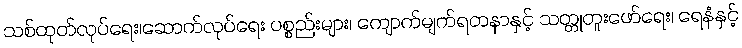
သစ်ထုတ်လုပ်ရေး၊ဆောက်လုပ်ရေး ပစ္စည်းများ၊ ကျောက်မျက်ရတနာနှင့် သတ္တုတူးဖော်ရေး၊ ရေနံနှင့်